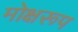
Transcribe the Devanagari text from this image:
मोक्षरूप